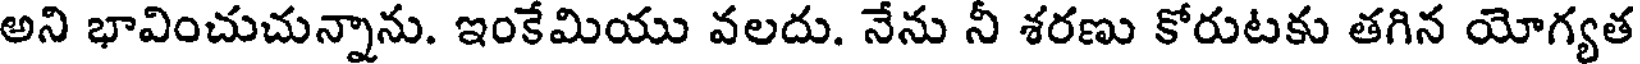
అని భావించుచున్నాను. ఇంకేమియు వలదు. నేను నీ శరణు కోరుటకు తగిన యోగ్యత